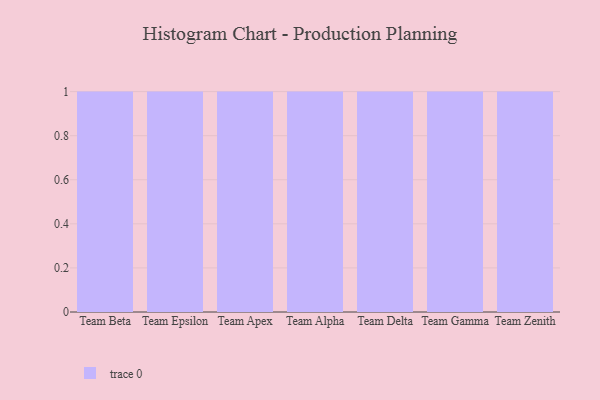
{"axis": {"x": "Team", "y": "Temperature (°C)"}, "legend": [""], "data": [{"x": "Team Beta", "y": 77, "type": ""}, {"x": "Team Epsilon", "y": 58, "type": ""}, {"x": "Team Apex", "y": 71, "type": ""}, {"x": "Team Alpha", "y": 89, "type": ""}, {"x": "Team Delta", "y": 8, "type": ""}, {"x": "Team Gamma", "y": 47, "type": ""}, {"x": "Team Zenith", "y": 92, "type": ""}]}